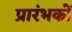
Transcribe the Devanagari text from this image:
प्रारंभकों